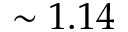
\sim 1 . 1 4